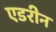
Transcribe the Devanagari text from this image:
एडरीन